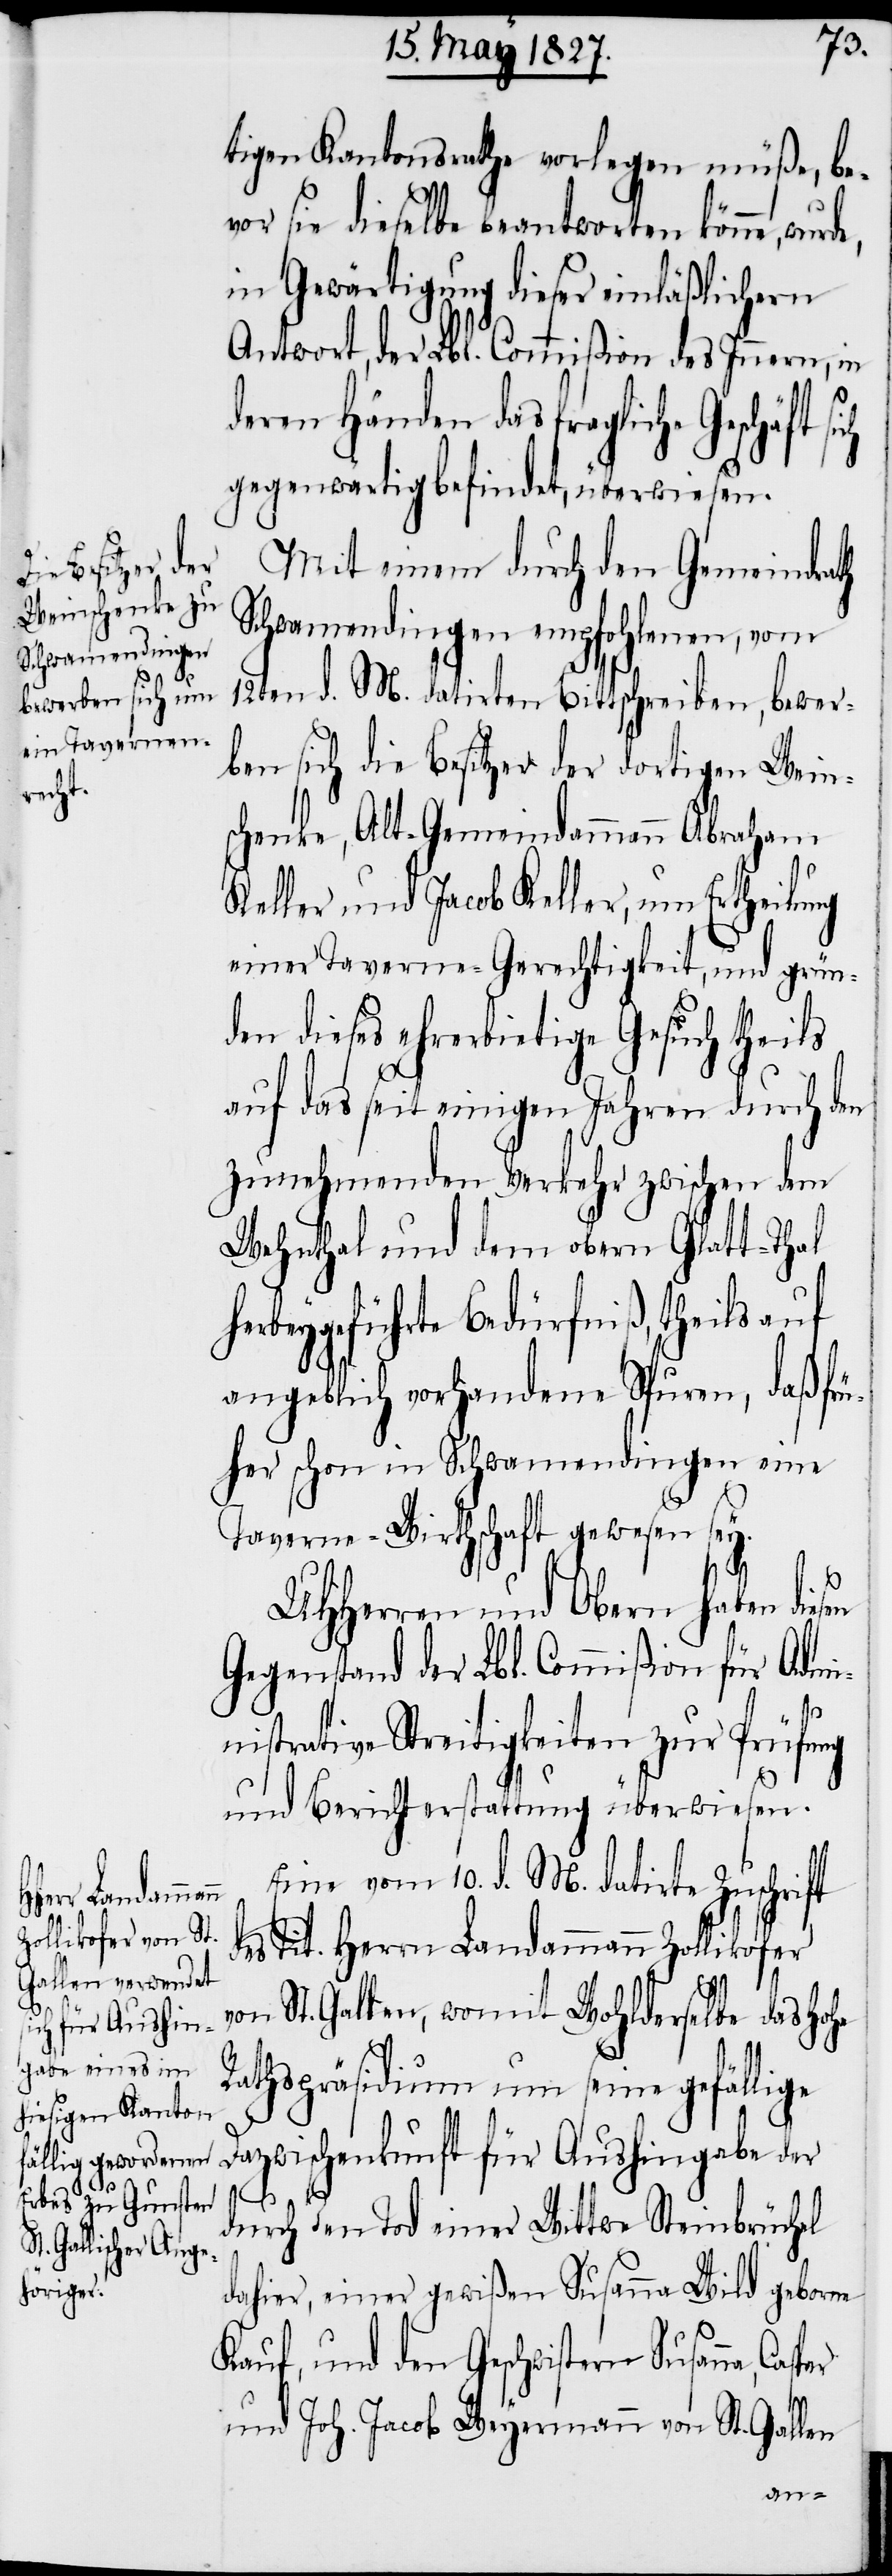
tigen Kantonsrath vorlegen müße, be¬
vor sie dieselbe beantworten könne,
Gewärtigung dieser einläßlichern
Antwort, der Lbl. Commißion des Innern, in
deren Händen das fragliche Geschäft
gegenwärtig befindet, überwiesen.
Mit einem durch den Gemeindrath
Schwamendingen empfohlenen, vom
12ten d. M. datirten Bittschreiben, bewer¬
ben sich die Besitzer der dortigen Wein¬
schenke, Alt-Gemeindammann Abraham
Keller und Jacob Keller, um Ertheilung
einer Taverne-Gerechtigkeit, und grün¬
den dieses ehrerbietige Gesuch theils
auf das seit einigen Jahren durch den
zunehmenden Verkehr zwischen dem
Wehnthal und dem obern Glatt-Thal
herbeygeführte Bedürfniß, theils auf
angeblich vorhandene Spuren, daß frü¬
her schon in Schwamendingen eine
Taverne-Wirthschaft gewesen sey.
UHHerren und Obern haben diesen
Gegenstand der Lbl. Commißion für Admi¬
nistrative Streitigkeiten zur Prüfung
und Berichterstattung überwiesen.
Eine vom 10. d. M. datirte Zuschrift
des Tit. Herrn Landammann Zollikofer
von St. Gallen, womit Wohlderselbe das Hohe
Rathspräsidium um seine gefällige
Dazwischenkunft für Aushingabe der
durch den Tod einer Wittwe Steinbrüchel
dahier, einer gewißen Susanna Wild geborne
und den Geschwistern Susanna,
Kauf,
und Joh. Jacob Weyermann von St. Gallen